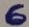
Text: 6